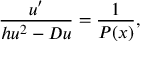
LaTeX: \frac { u ^ { \prime } } { h u ^ { 2 } - D u } = \frac { 1 } { P ( x ) } ,